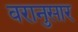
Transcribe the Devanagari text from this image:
वरानुसार